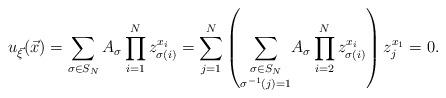
LaTeX: \begin{align*}u_{\vec{\xi}}(\vec{x}) = \sum_{\sigma \in S_N} A_{\sigma} \prod_{i =1}^{N} z_{\sigma(i)}^{x_i} = \sum_{j=1}^{N} \left ( \underset{\sigma^{-1}(j)=1}{\sum_{\sigma \in S_N}} A_{\sigma} \prod_{i =2}^{N} z_{\sigma(i)}^{x_i} \right) z_j^{x_1} =0.\end{align*}